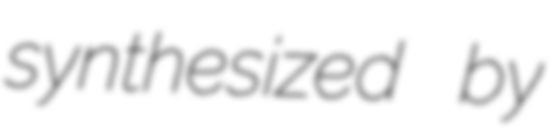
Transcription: synthesized by